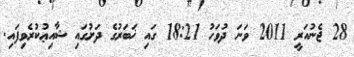
28 ޖެނުއަރީ 2011 ވަނަ ދުވަހު 18:21 ގައި ޚަބަރުގެ ދަށުގައި ޝާއިޢުކުރެވިފައި.